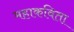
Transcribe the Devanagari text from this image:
महाकविता